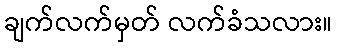
ချက်လက်မှတ် လက်ခံသလား။